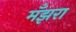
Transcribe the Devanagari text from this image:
मँझरा